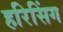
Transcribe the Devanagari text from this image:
हरिसिंग